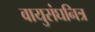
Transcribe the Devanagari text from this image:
वायुसंघनित्र